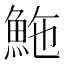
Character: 䰿